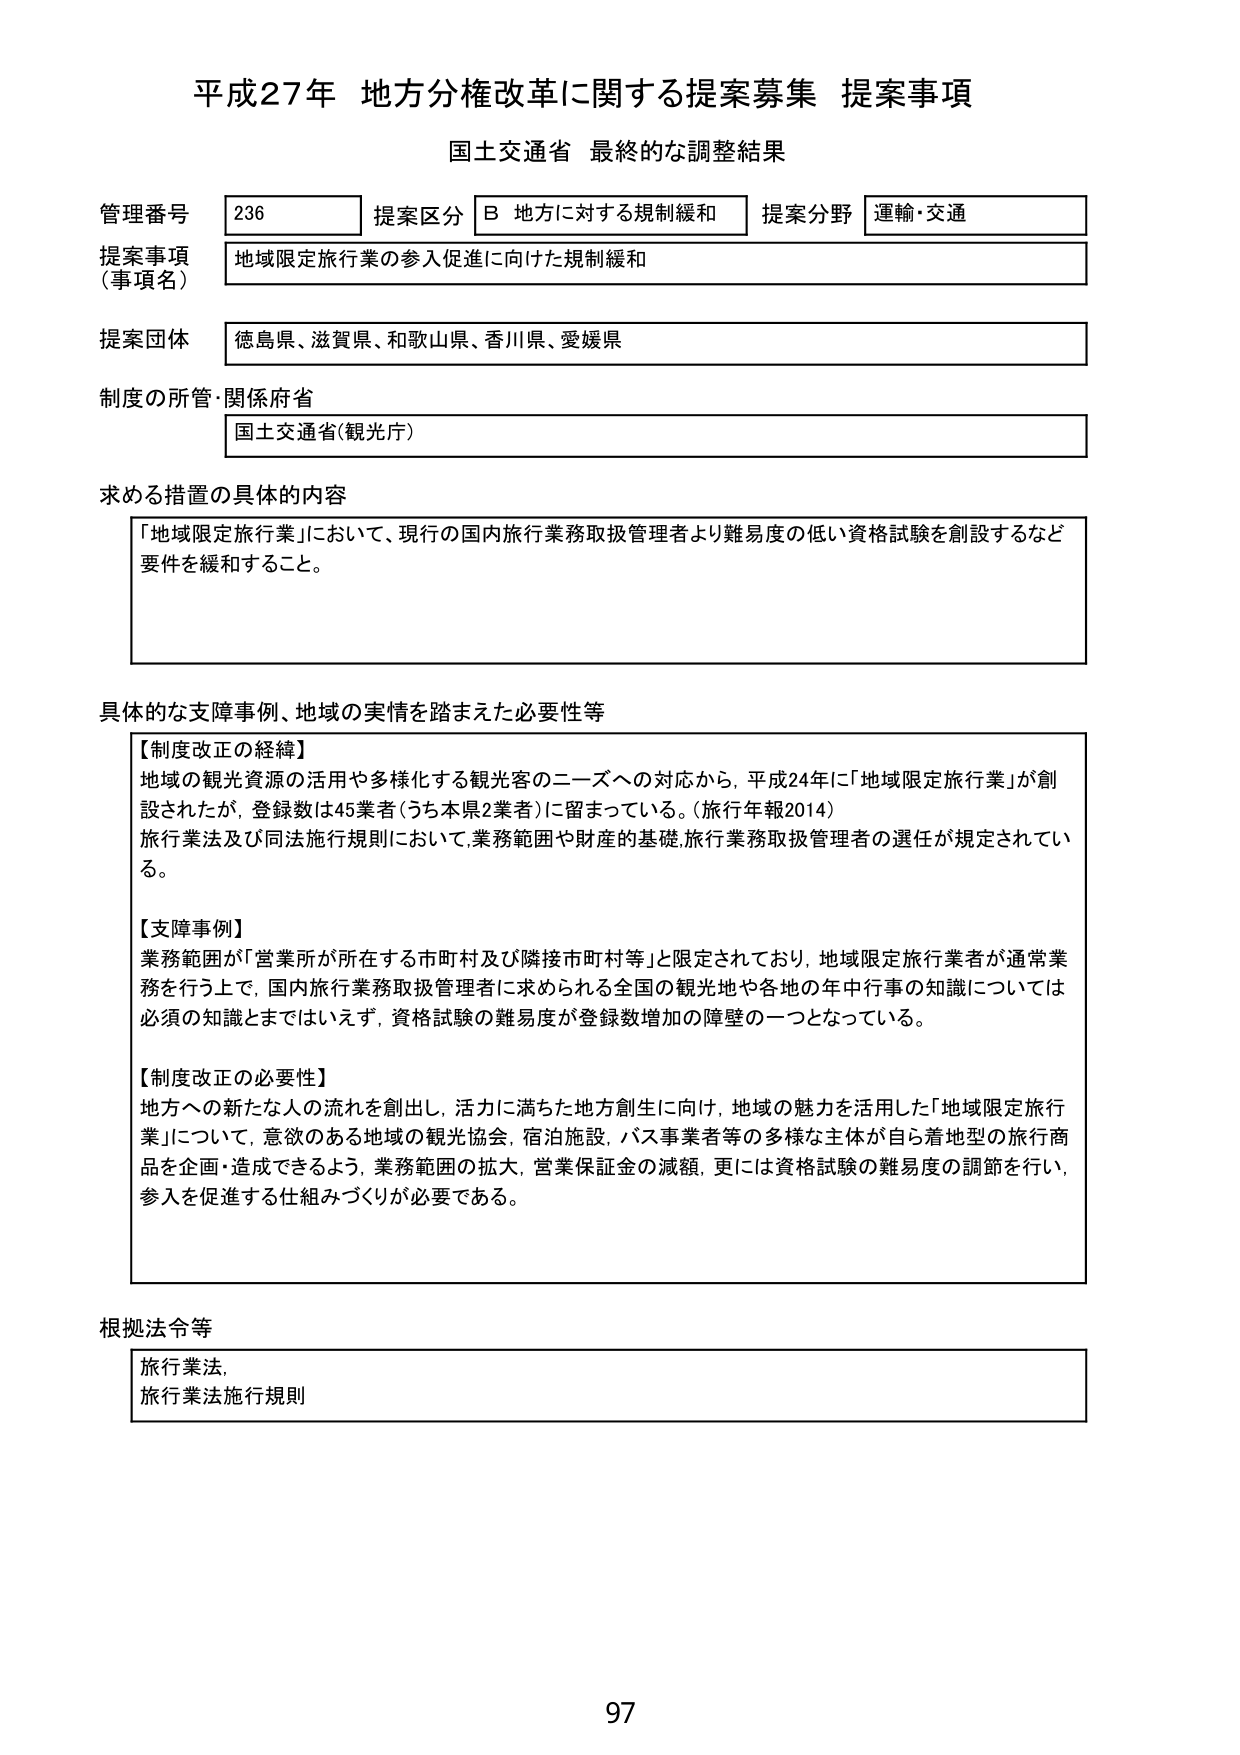
平成27年 地方分権改革に関する提案募集 提案事項
国土交通省 最終的な調整結果

管理番号 236
提案区分 B 地方に対する規制緩和
提案分野 運輸・交通

提案事項（事項名） 地域限定旅行業の参入促進に向けた規制緩和

提案団体 徳島県、滋賀県、和歌山県、香川県、愛媛県

制度の所管・関係府省 国土交通省（観光庁）

求める措置の具体的内容
「地域限定旅行業」において、現行の国内旅行業務取扱管理者より難易度の低い資格試験を創設するなど要件を緩和すること。

具体的な支障事例、地域の実情を踏まえた必要性等
【制度改正の経緯】
地域の観光資源の活用や多様化する観光客のニーズへの対応から、平成24年に「地域限定旅行業」が創設されたが、登録数は45業者（うち本県2業者）に留まっている。（旅行年報2014）
旅行業法及び同法施行規則において、業務範囲や財産の基礎、旅行業務取扱管理者の選任が規定されている。

【支障事例】
業務範囲が「営業所が所在する市町村及び隣接市町村等」と限定されており、地域限定旅行業者が通常業務を行う上で、国内旅行業務取扱管理者に求められる全国の観光地や各地の年中行事の知識については必須の知識とまではいえず、資格試験の難易度が登録数増加の障壁の一つとなっている。

【制度改正の必要性】
地方への新たな人の流れを創出し、活力に満ちた地方創生に向け、地域の魅力を活用した「地域限定旅行業」について、意欲のある地域の観光協会、宿泊施設、バス事業者等の多様な主体が自ら着地型の旅行商品を企画・造成できるよう、業務範囲の拡大、営業保証金の減額、更には資格試験の難易度の調節を行い、参入を促進する仕組みづくりが必要である。

根拠法令等
旅行業法、
旅行業法施行規則

97